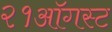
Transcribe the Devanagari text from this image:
२१ऑगस्ट